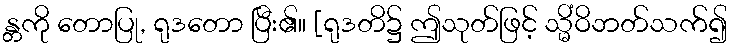
န္တကို တောပြု, ရုဒတော ပြီး၏။ [ရုဒတိ၌ ဤသုတ်ဖြင့် သ္မိံဝိဘတ်သက်၍